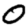
Digit: 0